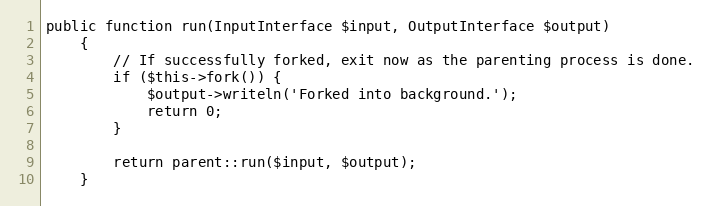
Language: PHP
public function run(InputInterface $input, OutputInterface $output)
    {
        // If successfully forked, exit now as the parenting process is done.
        if ($this->fork()) {
            $output->writeln('Forked into background.');
            return 0;
        }

        return parent::run($input, $output);
    }